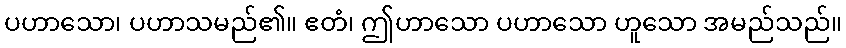
ပဟာသော၊ ပဟာသမည်၏။ ဧတံ၊ ဤဟာသော ပဟာသော ဟူသော အမည်သည်။